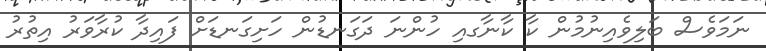
ނަމަވެސް ބަލިވެއިނުމުން ކާ ކާނާގއި ހުންނަ ދަގަނޑުން ހަށިގަނޑަށް ފައިދާ ކުރާވަރު އިތުރު